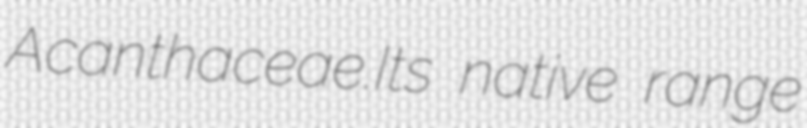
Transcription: Acanthaceae.Its native range